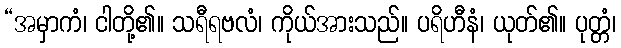
“အမှာကံ၊ ငါတို့၏။ သရီရဗလံ၊ ကိုယ်အားသည်။ ပရိဟီနံ၊ ယုတ်၏။ ပုတ္တံ၊